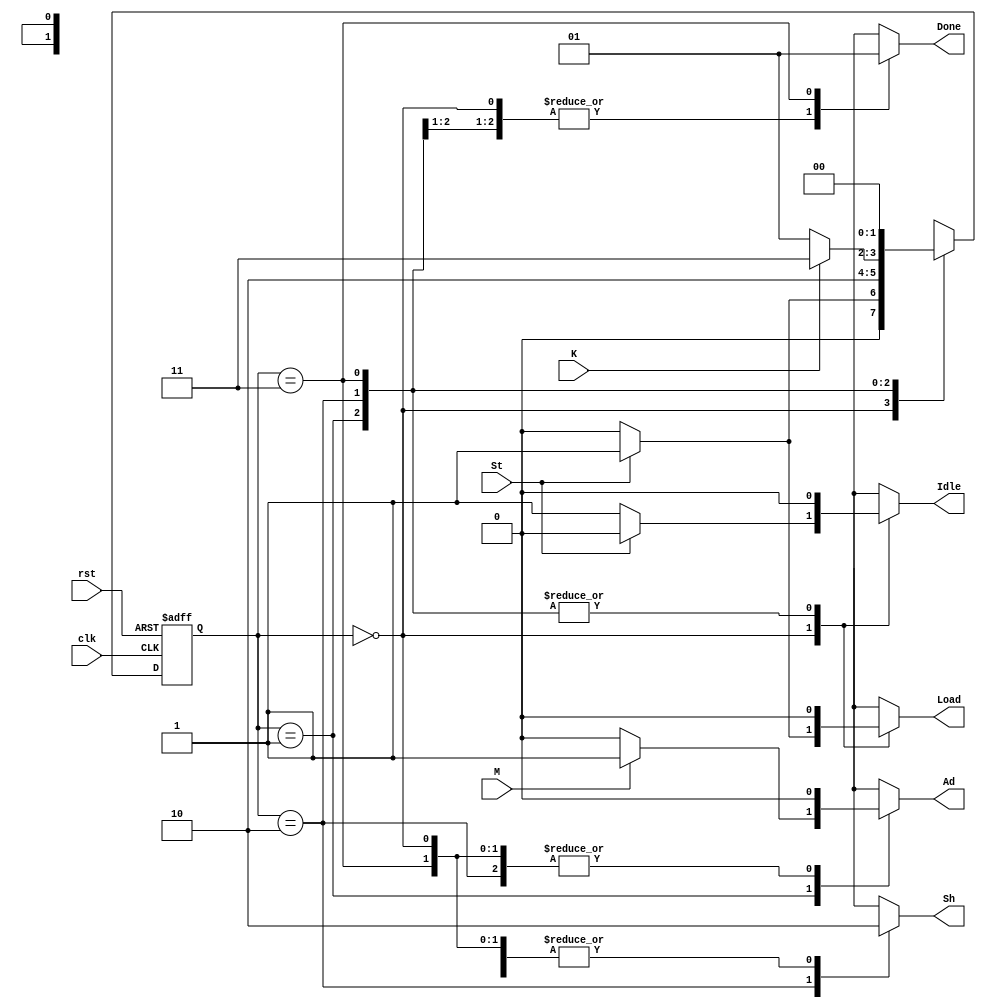
module Control(clk,St,rst,M,K,Idle,Done,Load,Sh,Ad);
		output reg Idle, Done, Load, Sh, Ad;
		input  clk, St, rst, M, K;
		
		reg [1:0] estado;
		parameter s0 = 2'b00,s1 = 2'b01,s2 = 2'b10,s3 = 2'b11;
		

		
		always @(posedge clk, negedge rst) begin
				if(~rst)
					estado <= s0;
				else
					casez(estado)
						s0:
							if(St)
								estado <= s1;
							else
								estado <= s0;
						s1:
								estado <= s2;
						s2:
							if(K)
								estado <= s3;
							else
								estado <= s1;
						s3:
							estado <= s0;
							
						default:
							estado <= s2;
					endcase
		end

		always @(estado, St, M) begin
			case(estado)
				s0: begin
					Done <= 1'b0;
					Sh <= 1'b0;
					Ad <= 1'b0;
					if(St) begin
						Idle <= 1'b0;
						Load <= 1'b1;
					end
					else   begin
						Idle <= 1'b1;
						Load <= 1'b0;
					end
				end
				s1: begin
					Idle <= 1'b0;
					Done <= 1'b0;
					Sh <= 1'b0;
					Load <= 1'b0;
					if(M) begin
						Ad <= 1'b1;
					end
					else   begin
						Ad <= 1'b0;
					end
				end
				s2: begin
					Idle <= 1'b0;
					Done <= 1'b0;
					Sh <= 1'b1;
					Load <= 1'b0;
					Ad <= 1'b0;
				end
				s3: begin
					Idle <= 1'b0;
					Done <= 1'b1;
					Sh <= 1'b0;
					Load <= 1'b0;
					Ad <= 1'b0;
				end
			endcase
		end
		
endmodule